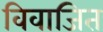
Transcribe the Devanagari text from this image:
विवाजित